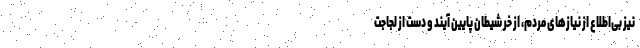
نیز بی‌اطلاع از نیازهای مردم، از خر شیطان پایین آیند و دست از لجاجت